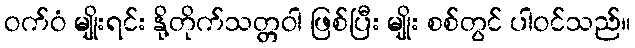
ဝက်ဝံ မျိုးရင်း နို့တိုက်သတ္တဝါ ဖြစ်ပြီး မျိုး စစ်တွင် ပါဝင်သည်။